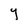
Character: Y